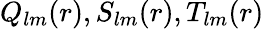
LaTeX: Q_{lm}(r),S_{lm}(r),T_{lm}(r)